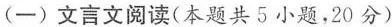
（一）立言文阅读（本题共5小题，20分）